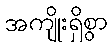
အကျိုးရှိစွာ